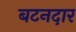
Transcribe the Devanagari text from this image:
बटनदार